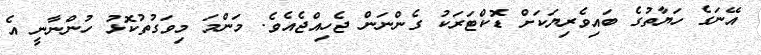
އޭނަގެ ހަޔާތުގެ ބައިވެރިޔަކަށް ޑޮކްޓަރަކު ގެންނަން ޖެހިއްޖެއެވެ. މަންމަ މިވަގުތުކޮޅު ހުންނާނީ އެ